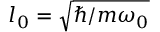
l _ { 0 } = \sqrt { \hbar / m \omega _ { 0 } }